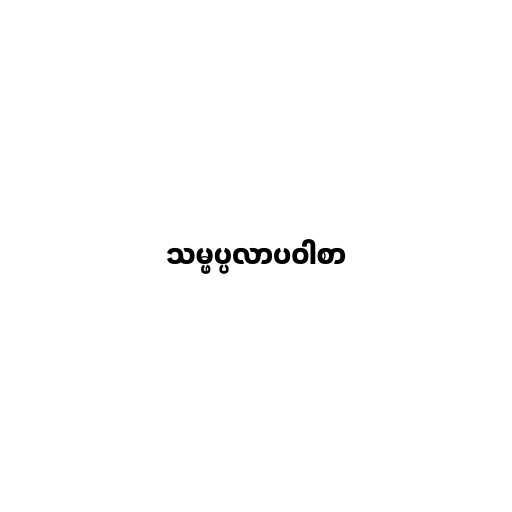
သမ္ဖပ္ပလာပဝါစာ